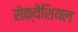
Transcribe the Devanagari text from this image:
सेक्वेंशियल